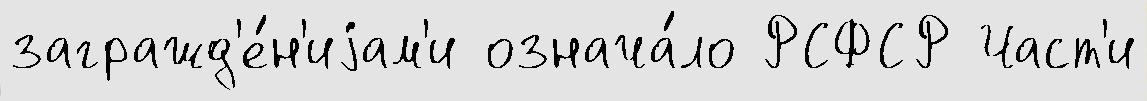
загражд'е́н'иjам'и означа́ло РСФСР Част'и